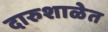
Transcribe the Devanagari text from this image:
दारुशाळेत